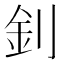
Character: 釗